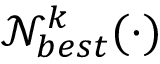
\mathcal { N } _ { b e s t } ^ { k } ( \cdot )